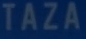
TAZA